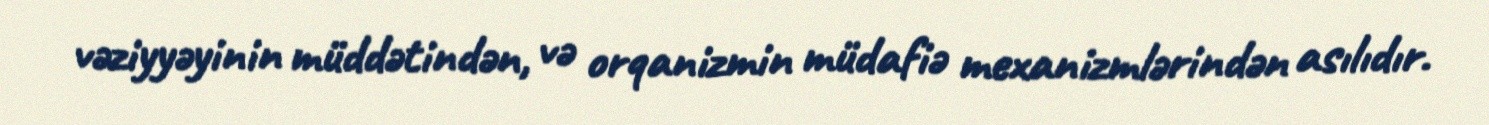
vəziyyəyinin müddətindən, və orqanizmin müdafiə mexanizmlərindən asılıdır.